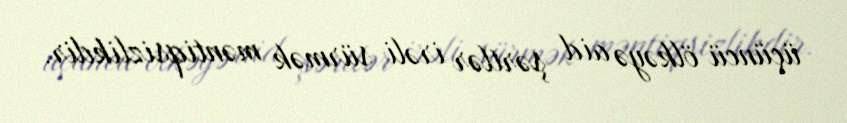
üçüncü ölkəyə aid şərtlər irəli sürmək məntiqsizlikdir.